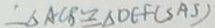
\therefore \Delta A C B \cong \Delta D E F ( S A S )